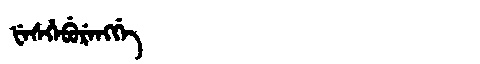
Manchu: ᡶᡝᠰᡥᡝᠪᡠᡵᡝᠩᡤᡝ
Romanization: FESHEBURENGGE